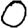
Digit: 0